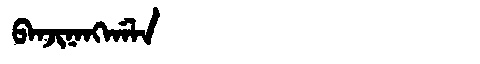
Manchu: ᠪᠠᠨᠵᡳᠨᠠᠩᡤᠠᠯᠠ
Romanization: BANJINANGGALA